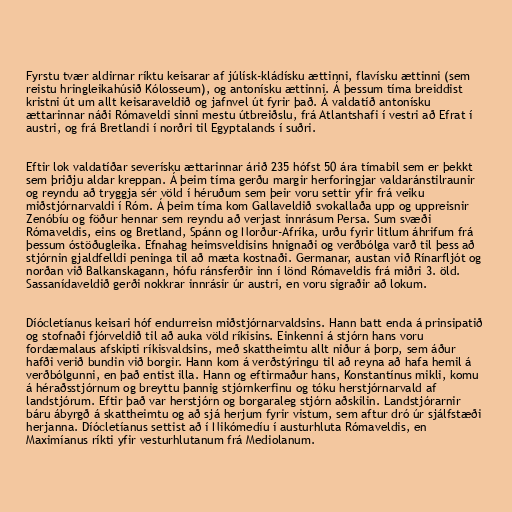
Fyrstu tvær aldirnar ríktu keisarar af júlísk-kládísku ættinni, flavísku ættinni (sem
reistu hringleikahúsið Kólosseum), og antonísku ættinni. Á þessum tíma breiddist
kristni út um allt keisaraveldið og jafnvel út fyrir það. Á valdatíð antonísku
ættarinnar náði Rómaveldi sinni mestu útbreiðslu, frá Atlantshafi í vestri að Efrat í
austri, og frá Bretlandi í norðri til Egyptalands í suðri.

Eftir lok valdatíðar severísku ættarinnar árið 235 hófst 50 ára tímabil sem er þekkt
sem þriðju aldar kreppan. Á þeim tíma gerðu margir herforingjar valdaránstilraunir
og reyndu að tryggja sér völd í héruðum sem þeir voru settir yfir frá veiku
miðstjórnarvaldi í Róm. Á þeim tíma kom Gallaveldið svokallaða upp og uppreisnir
Zenóbíu og föður hennar sem reyndu að verjast innrásum Persa. Sum svæði
Rómaveldis, eins og Bretland, Spánn og Norður-Afríka, urðu fyrir litlum áhrifum frá
þessum óstöðugleika. Efnahag heimsveldisins hnignaði og verðbólga varð til þess að
stjórnin gjaldfelldi peninga til að mæta kostnaði. Germanar, austan við Rínarfljót og
norðan við Balkanskagann, hófu ránsferðir inn í lönd Rómaveldis frá miðri 3. öld.
Sassanídaveldið gerði nokkrar innrásir úr austri, en voru sigraðir að lokum.

Díócletíanus keisari hóf endurreisn miðstjórnarvaldsins. Hann batt enda á prinsipatið
og stofnaði fjórveldið til að auka völd ríkisins. Einkenni á stjórn hans voru
fordæmalaus afskipti ríkisvaldsins, með skattheimtu allt niður á þorp, sem áður
hafði verið bundin við borgir. Hann kom á verðstýringu til að reyna að hafa hemil á
verðbólgunni, en það entist illa. Hann og eftirmaður hans, Konstantínus mikli, komu
á héraðsstjórnum og breyttu þannig stjórnkerfinu og tóku herstjórnarvald af
landstjórum. Eftir það var herstjórn og borgaraleg stjórn aðskilin. Landstjórarnir
báru ábyrgð á skattheimtu og að sjá herjum fyrir vistum, sem aftur dró úr sjálfstæði
herjanna. Díócletíanus settist að í Nikómedíu í austurhluta Rómaveldis, en
Maximíanus ríkti yfir vesturhlutanum frá Mediolanum.